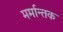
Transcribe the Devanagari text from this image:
मर्मान्तक